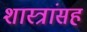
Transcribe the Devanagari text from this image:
शास्त्रांसह